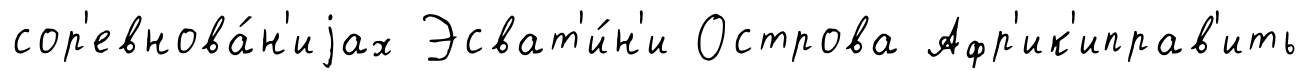
сор'евнова́н'иjах Эсват'и́н'и Острова Афр'ик'иправ'ить